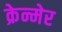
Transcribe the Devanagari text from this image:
क्रेन्मेर